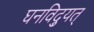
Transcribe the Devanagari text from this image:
घनविद्युत्